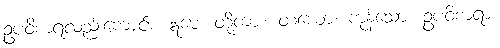
ဥပဝိစာရလည်းကောင်း။ ဣမေ၊ တို့ကား။ တယော၊ ကုန်သော။ ဥပဝိစာရာ၊